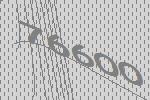
76600